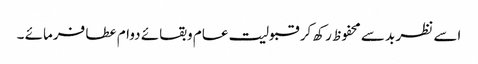
اسے نظر بد سے محفوظ رکھ کر قبولیت عام وبقائے دوام عطا فرمائے ۔